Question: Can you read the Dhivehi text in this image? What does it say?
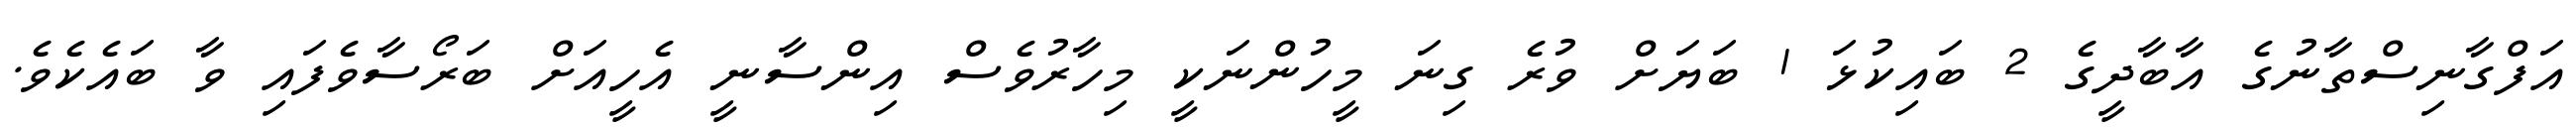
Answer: އަފްގާނިސްތާނުގެ އާބާދީގެ 2 ބައިކުޅަ 1 ބަޔަށް ވުރެ ގިނަ މީހުންނަކީ މިހާރުވެސް އިންސާނީ އެހީއަށް ބަރޯސާވެފައި ވާ ބައެކެވެ.